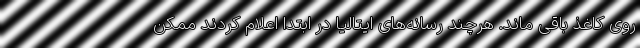
روی کاغذ باقی ماند. هرچند رسانه‌های ایتالیا در ابتدا اعلام کردند ممکن